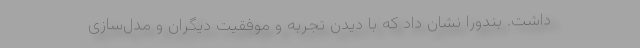
داشت. بندورا نشان داد که با دیدن تجربه و موفقیت دیگران و مدل‌سازی